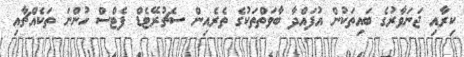
ކިރާއި ޖަނަވާރުގެ ބައިތަކުން އުފައްދާ ބާވަތްތަކުގެ ތެރެއިން ސެޗުރޭޓެޑް ފެޓްސް ހުންނަ ތަކެއްޗާއި